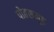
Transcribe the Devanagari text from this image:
पोतसमूह